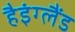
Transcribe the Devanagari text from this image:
हैइंग्लैंड